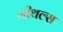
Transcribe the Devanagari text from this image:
गीथल्स